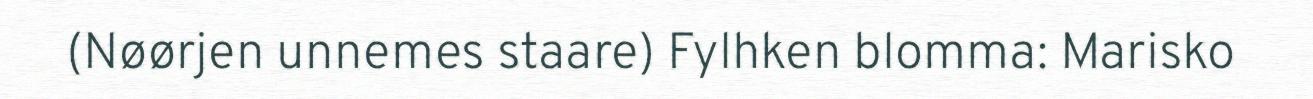
(Nøørjen unnemes staare) Fylhken blomma: Marisko